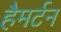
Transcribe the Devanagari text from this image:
हैमर्टन